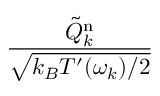
\frac { { \tilde { Q } } _ { k } ^ { \mathrm { n } } } { \sqrt { k _ { B } T ^ { \prime } ( \omega _ { k } ) / 2 } }